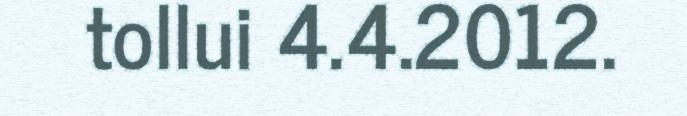
tollui 4.4.2012.